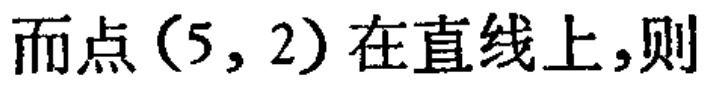
而点\((5,2)\)在直线上，则